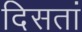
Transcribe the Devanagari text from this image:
दिसतां